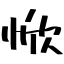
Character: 惞